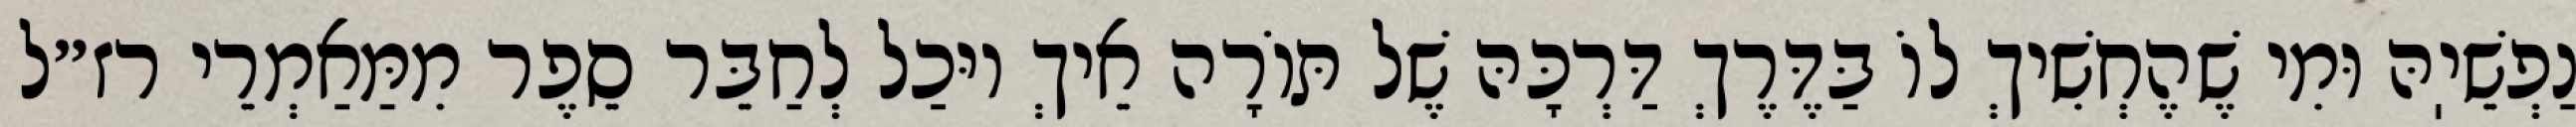
נַפְשֵׁיֽהּ וּמִי שֶׁהֶחְשִׁיךְ לוֹ בַּדֶּרֶךְ דַּרְכָּהּ שֶׁל תּוֹרָה אֵיךְ יוּכַל לְחַבֵּר סֵפֶר מִמַּאַמְרֵי רז״ל